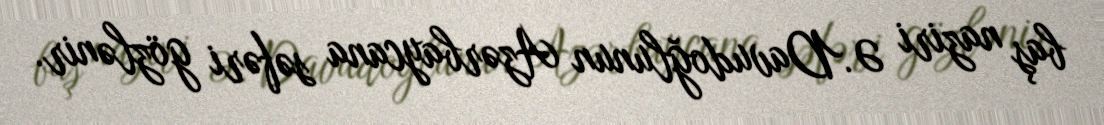
baş naziri Ə.Davudoğlunun Azərbaycana səfəri gözlənir.